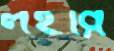
লহরি